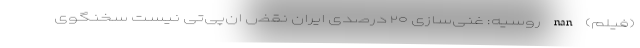
(فیلم) nan روسیه: غنی‌سازی ۲۰ درصدی ایران نقض ان‌پی‌تی نیست سخنگوی